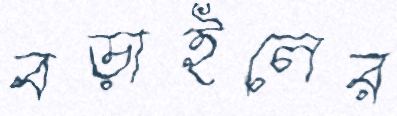
বড়াইলের